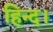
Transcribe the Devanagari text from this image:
हिन्द।